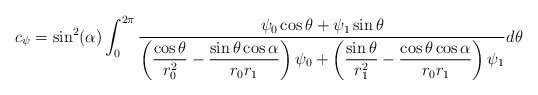
\begin{align*}c_{\psi} = \sin^2(\alpha) \int_0^{2\pi}\frac{\psi_0 \cos \theta + \psi_1 \sin \theta}{\left( \dfrac{\cos \theta}{r_0^2} - \dfrac{\sin \theta \cos \alpha}{r_0r_1}\right) \psi_0 +\left(\dfrac{\sin \theta}{r^2_1} - \dfrac{ \cos \theta \cos \alpha}{r_0r_1}\right) \psi_1}d\theta\end{align*}